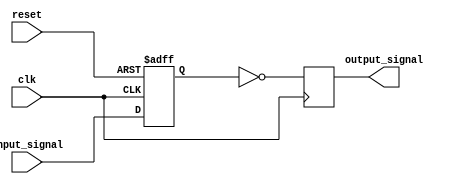
module inverter_delay(
    input wire clk,
    input wire reset,
    input wire input_signal,
    output reg output_signal
);

reg delayed_signal;

always @(posedge clk or posedge reset) begin
    if (reset) begin
        delayed_signal <= 1'b0;
    end else begin
        delayed_signal <= input_signal;
    end
end

always @(posedge clk) begin
    output_signal <= ~delayed_signal;
end

endmodule